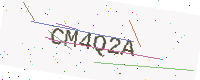
Text: CM4Q2A